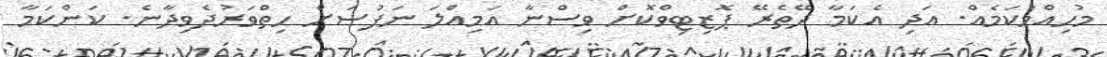
މުހިއްމުކަމެއް. އަދި އެކަމާ ދޭތެރޭ ޕޮޒިޓިވްކޮށް ވިސްނާ އަމިއްލަ ނަފުސަށް ހިތްވަރުދެވިދާނެ. ކަންކަމާ